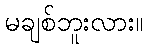
မချစ်ဘူးလား။